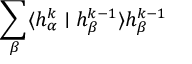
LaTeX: \sum _ { \beta } \langle h _ { \alpha } ^ { k } \mid h _ { \beta } ^ { k - 1 } \rangle h _ { \beta } ^ { k - 1 }